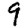
Digit: 9